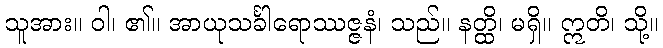
သူအား။ ဝါ၊ ၏။ အာယုသင်္ခါရောဿဇ္ဇနံ၊ သည်။ နတ္ထိ၊ မရှိ။ ဣတိ၊ သို့။